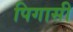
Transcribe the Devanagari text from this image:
पिगासी